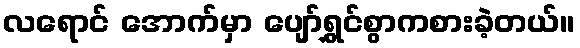
လရောင် အောက်မှာ ပျော်ရွှင်စွာကစားခဲ့တယ်။